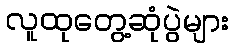
လူထုတွေ့ဆုံပွဲများ